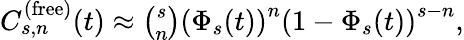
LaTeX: \begin{array}{ll}{C_{s,n}^{(\mathrm{free})}(t)\approx\binom{s}{n}\left(\Phi_{s}(t)\right)^{n}\left(1-\Phi_{s}(t)\right)^{s-n},}\end{array}